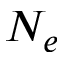
N _ { e }